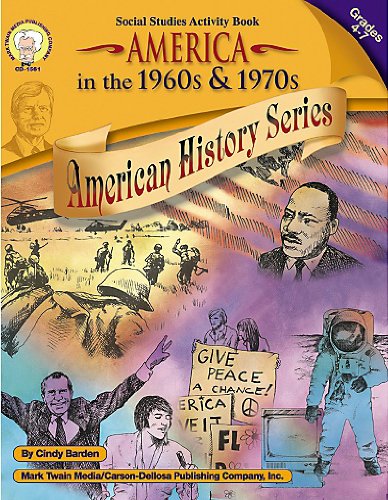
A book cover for America in the 1960s & 1970s, Grades 4 - 7 (American History Series); Cindy Barden; Children's Books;